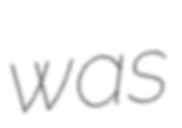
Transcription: was